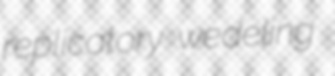
replicatory wedeling